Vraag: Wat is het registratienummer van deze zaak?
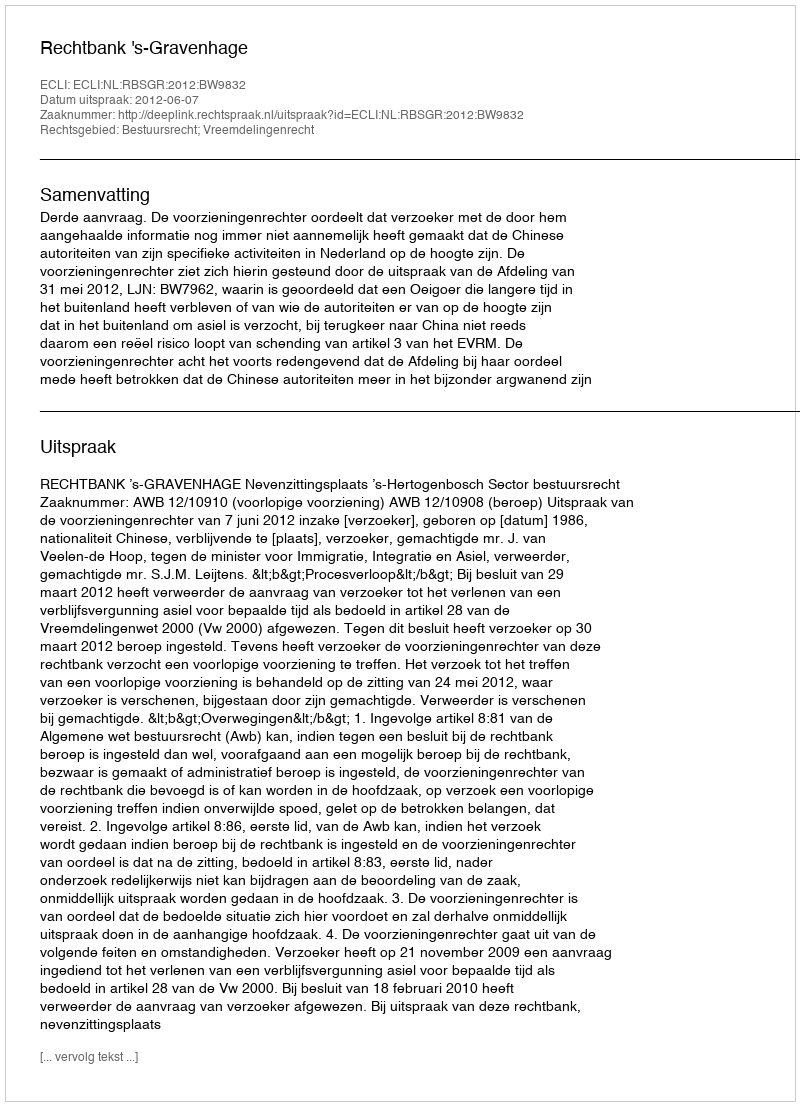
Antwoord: http://deeplink.rechtspraak.nl/uitspraak?id=ECLI:NL:RBSGR:2012:BW9832